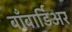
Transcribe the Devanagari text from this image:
बाँबार्डिअर